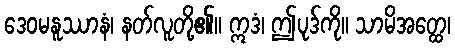
ဒေဝမနူဿာနံ၊ နတ်လူတို့၏။ ဣဒံ၊ ဤပုဒ်ကို။ သာမိအတ္ထေ၊